Annual report on the mental hospital in the Central Provinces and Berar (Nagpur) - 1927-1951
Year: 1927
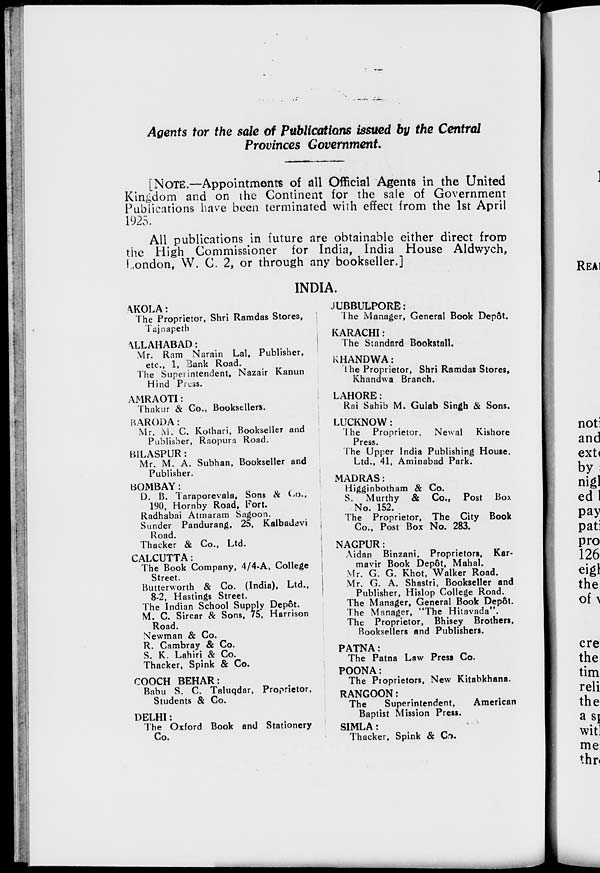
Agents tor the sale of Publications issued by the Central
Provinces Government.
[NOTE.—Appointments of all Official Agents in the United
Kingdom and on the Continent for the sale of Government
Publications have been terminated with effect from the 1st April
1925.
All publications in future are obtainable either direct from
the High Commissioner for India, India House Aldwych,
London, W. C. 2, or through any bookseller.]
INDIA.
AKOLA:
The Proprietor, Shri Ramdas Stores,
Tajnapeth
ALLAHABAD:
Mr. Ram Narain Lal, Publisher,
etc., 1, Bank Road.
The Superintendent, Nazair Kanun
Hind Press.
AMRAOTI:
Thakur & Co., Booksellers.
BARODA:
Mr. M. C. Kothari, Bookseller and
Publisher, Raopura Road.
BILASPUR:
Mr. M. A. Subhan, Bookseller and
Publisher.
BOMBAY:
D. B. Taraporevala, Sons & Co.,
190, Hornby Road, Fort.
Radhabai Atmaram Sagoon.
Sunder Pandurang, 25, Kalbadevi
Road.
Thacker & Co., Ltd.
CALCUTTA:
The Book Company, 4/4-A, College
Street.
Butterworth & Co. (India), Ltd.,
8-2, Hastings Street.
The Indian School Supply Depôt.
M. C. Sircar & Sons, 75, Harrison
Road.
Newman & Co.
R. Cambray & Co.
S. K. Lahiri & Co.
Thacker, Spink & Co.
COOCH BEHAR:
Babu S. C. Taluqdar, Proprietor,
Students & Co.
DELHI:
The Oxford Book and Stationery
Co.
JUBBULPORE:
The Manager, General Book Depôt.
KARACHI :
The Standard Bookstall.
KHANDWA :
The Proprietor, Shri Ramdas Stores,
Khandwa Branch.
LAHORE:
Rai Sahib M. Gulab Singh & Sons.
LUCKNOW :
The Proprietor, Newal
Kishore
Press.
The Upper India Publishing House.
Ltd., 41, Aminabad Park.
MADRAS:
Higginbotham & Co.
S. Murthy & Co., Post Box
No. 152.
The Proprietor, The City Book
Co., Post Box No. 283.
NAGPUR:
Aidan Binzani, Proprietors, Kar-
mavir Book Depôt, Mahal.
Mr. G. G. Khot, Walker Road.
Mr. G. A. Shastri, Bookseller and
Publisher, Hislop College Road.
The Manager, General Book Depôt.
The Manager, "The Hitavada".
The Proprietor, Bhisey Brothers.
Booksellers and Publishers.
PATNA:
The Patna Law Press Co.
POONA:
The Proprietors, New Kitabkhana.
RANGOON:
The
Superintendent,
American
Baptist Mission Press.
SIMLA:
Thacker, Spink & Co.